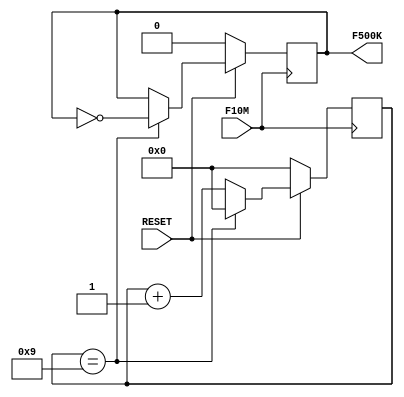
module fdivision(RESET,F10M,F500K);
  input F10M,RESET;
  output F500K;
  reg F500K;
  reg[8:0] j;
  always@(posedge F10M)
    if(!RESET)
      begin
        F500K <= 0;
        j <= 0;
      end
    else
      begin
        if(j==9)
          begin
            j<=0;
            F500K<= ~F500K;
          end
        else
          j<=j+1;
      end
endmodule